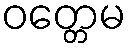
ဝတ္တေမ